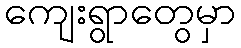
ကျေးရွာတွေမှာ